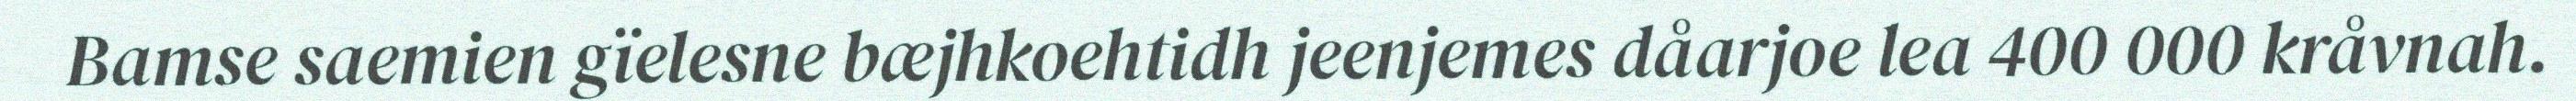
Bamse saemien gïelesne bæjhkoehtidh jeenjemes dåarjoe lea 400 000 kråvnah.